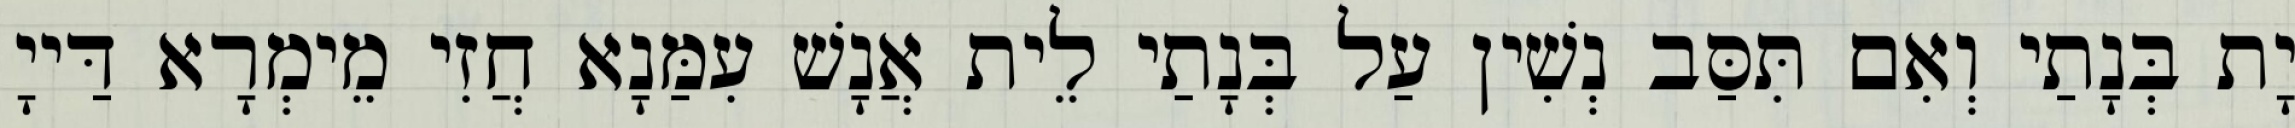
יָת בְּנָתַי וְאִם תִּסַּב נְשִׁין עַל בְּנָתַי לֵית אֲנָשׁ עִמַּנָא חֲזִי מֵימְרָא דַּייָ